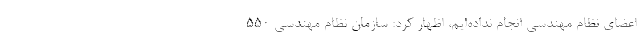
اعضای نظام مهندسی انجام نداده‌ایم، اظهار کرد: سازمان نظام مهندسی ۵۵۰